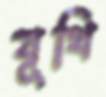
যূথি